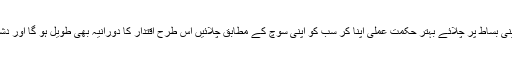
قبل اِس کے کہ کوئی آپ کو اپنی بساط پر چلائے بہتر حکمتِ عملی اپنا کر سب کو اپنی سوچ کے مطابق چلائیں اِس طرح اقتدار کا دورانیہ بھی طویل ہو گا اور دشمنوں کی تعداد میں کمی بھی ۔